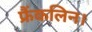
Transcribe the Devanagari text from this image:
फ्रैंकलिन।